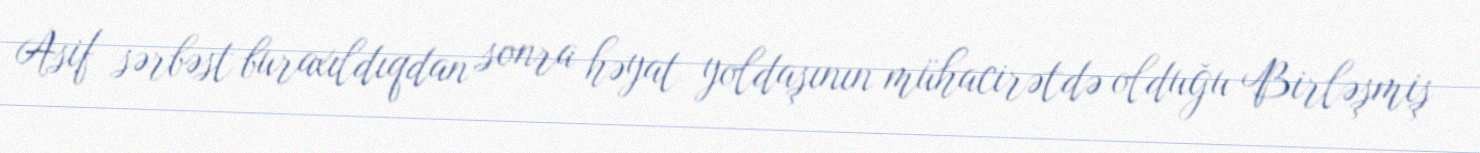
Asif sərbəst buraxıldıqdan sonra həyat yoldaşının mühacirətdə olduğu Birləşmiş